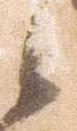
之